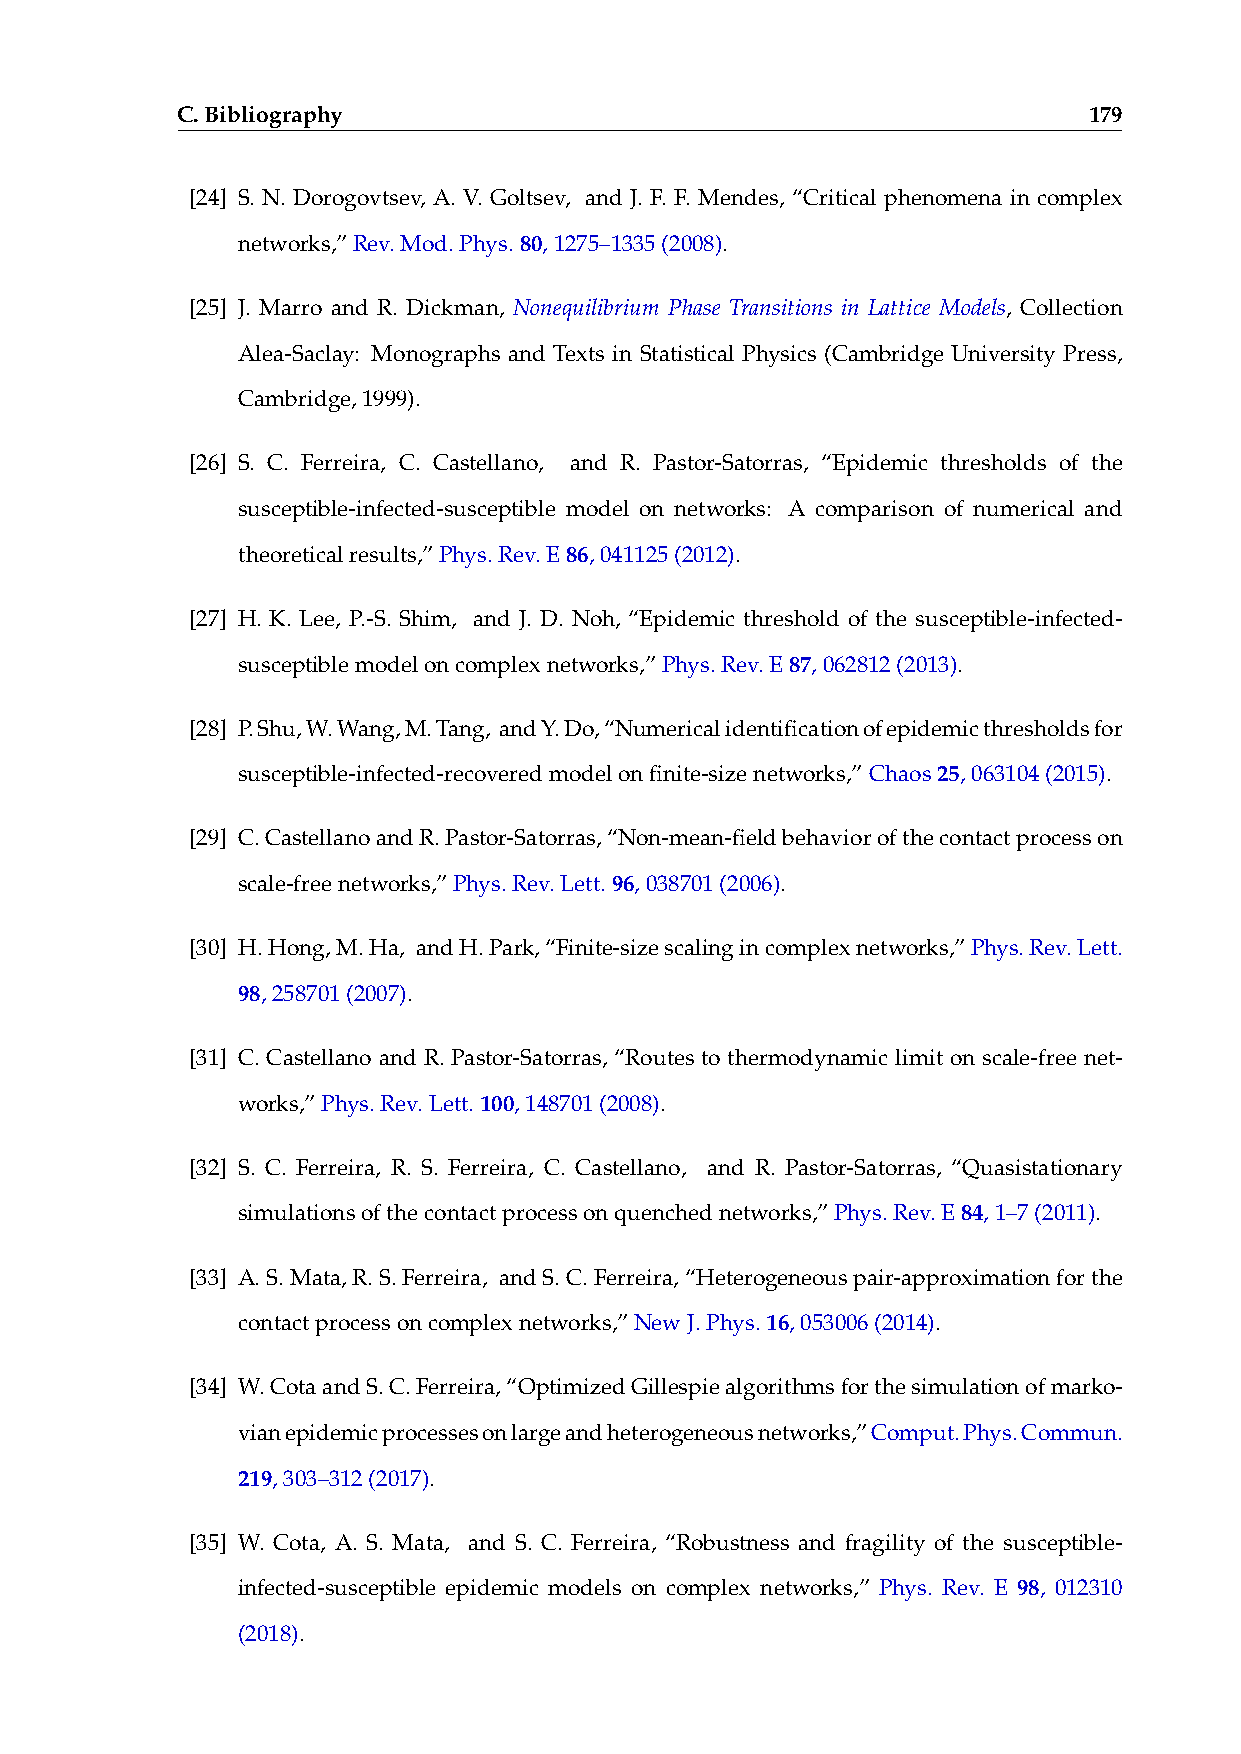
C.Bibliography                                              179
 [24] S. N. Dorogovtsev, A. V. Goltsev, and J. F. F. Mendes, “Critical phenomena in complex
 networks,”Rev.Mod.Phys.80,1275–1335(2008).
 [25] J. Marro and R. Dickman, Nonequilibrium Phase Transitions in Lattice Models, Collection
 Alea-Saclay: Monographs and Texts in Statistical Physics (Cambridge University Press,
 Cambridge,1999).
 [26] S. C. Ferreira, C. Castellano, and R. Pastor-Satorras, “Epidemic thresholds of the
 susceptible-infected-susceptible model on networks: A comparison of numerical and
 theoreticalresults,”Phys.Rev.E86,041125(2012).
 [27] H. K. Lee, P.-S. Shim, and J. D. Noh, “Epidemic threshold of the susceptible-infected-
 susceptiblemodeloncomplexnetworks,”Phys.Rev.E87,062812(2013).
 [28] P.Shu,W.Wang,M.Tang, andY.Do,“Numericalidentificationofepidemicthresholdsfor
 susceptible-infected-recoveredmodelonfinite-sizenetworks,”Chaos25,063104(2015).
 [29] C.CastellanoandR.Pastor-Satorras,“Non-mean-fieldbehaviorofthecontactprocesson
 scale-freenetworks,”Phys.Rev.Lett.96,038701(2006).
 [30] H.Hong,M.Ha, andH.Park,“Finite-sizescalingincomplexnetworks,”Phys.Rev.Lett.
 98,258701(2007).
 [31] C. Castellano and R. Pastor-Satorras, “Routes to thermodynamic limit on scale-free net-
 works,”Phys.Rev.Lett.100,148701(2008).
 [32] S. C. Ferreira, R. S. Ferreira, C. Castellano, and R. Pastor-Satorras, “Quasistationary
 simulationsofthecontactprocessonquenchednetworks,”Phys.Rev.E84,1–7(2011).
 [33] A.S.Mata,R.S.Ferreira, andS.C.Ferreira,“Heterogeneouspair-approximationforthe
 contactprocessoncomplexnetworks,”NewJ.Phys.16,053006(2014).
 [34] W.CotaandS.C.Ferreira,“OptimizedGillespiealgorithmsforthesimulationofmarko-
 vianepidemicprocessesonlargeandheterogeneousnetworks,”Comput.Phys.Commun.
 219,303–312(2017).
 [35] W. Cota, A. S. Mata, and S. C. Ferreira, “Robustness and fragility of the susceptible-
 infected-susceptible epidemic models on complex networks,” Phys. Rev. E 98, 012310
 (2018).